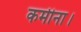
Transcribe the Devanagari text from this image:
कमीना।